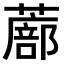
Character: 𫉾